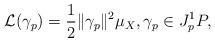
LaTeX: \begin{align*}\mathcal{L}(\gamma_p)= \frac{1}{2}\|\gamma_p\|^2\mu_X, \gamma_p \in J ^1_pP, \end{align*}